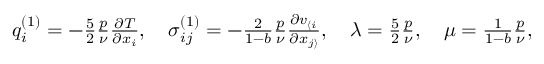
\begin{array} { r } { q _ { i } ^ { ( 1 ) } = - \frac { 5 } { 2 } \frac { p } { \nu } \frac { \partial T } { \partial x _ { i } } , \quad \sigma _ { i j } ^ { ( 1 ) } = - \frac { 2 } { 1 - b } \frac { p } { \nu } \frac { \partial v _ { \langle i } } { \partial x _ { j \rangle } } , \quad \lambda = \frac { 5 } { 2 } \frac { p } { \nu } , \quad \mu = \frac { 1 } { 1 - b } \frac { p } { \nu } , } \end{array}